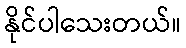
နိုင်ပါသေးတယ်။